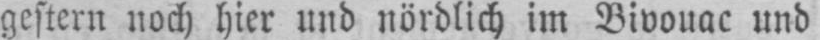
gestern noch hier und nördlich im Bivouac und